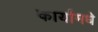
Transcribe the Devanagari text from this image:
कार्यामधे